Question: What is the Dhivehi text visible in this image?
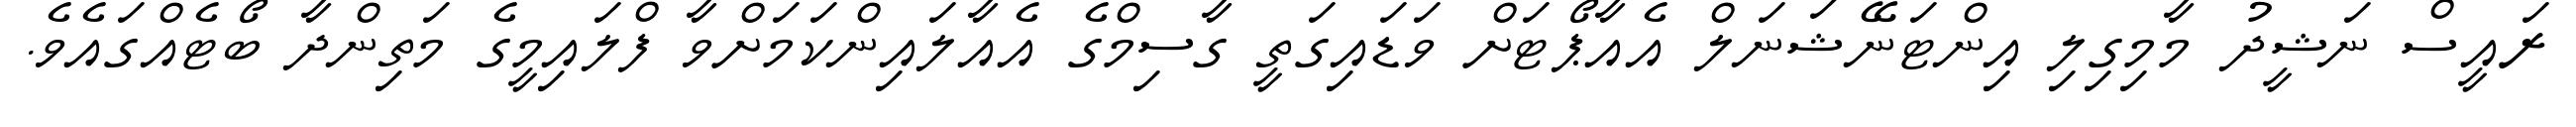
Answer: ރައީސް ނަޝީދު މާމިގިލި އިންޓަނޭޝަނަލް އެއާޕޯޓަށް ވަޑައިގަތީ ގާސިމްގެ އެއާލައިންކަމަށްވާ ފްލައިމީގެ މަތިންދާ ބޯޓެއްގައެވެ.